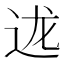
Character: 𮞇